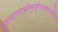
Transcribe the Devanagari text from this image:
गुरुत्यागाद्भवेन्मृत्युर्मन्त्रत्यागाद्दरिद्रता